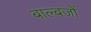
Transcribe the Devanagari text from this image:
बाल्बजों